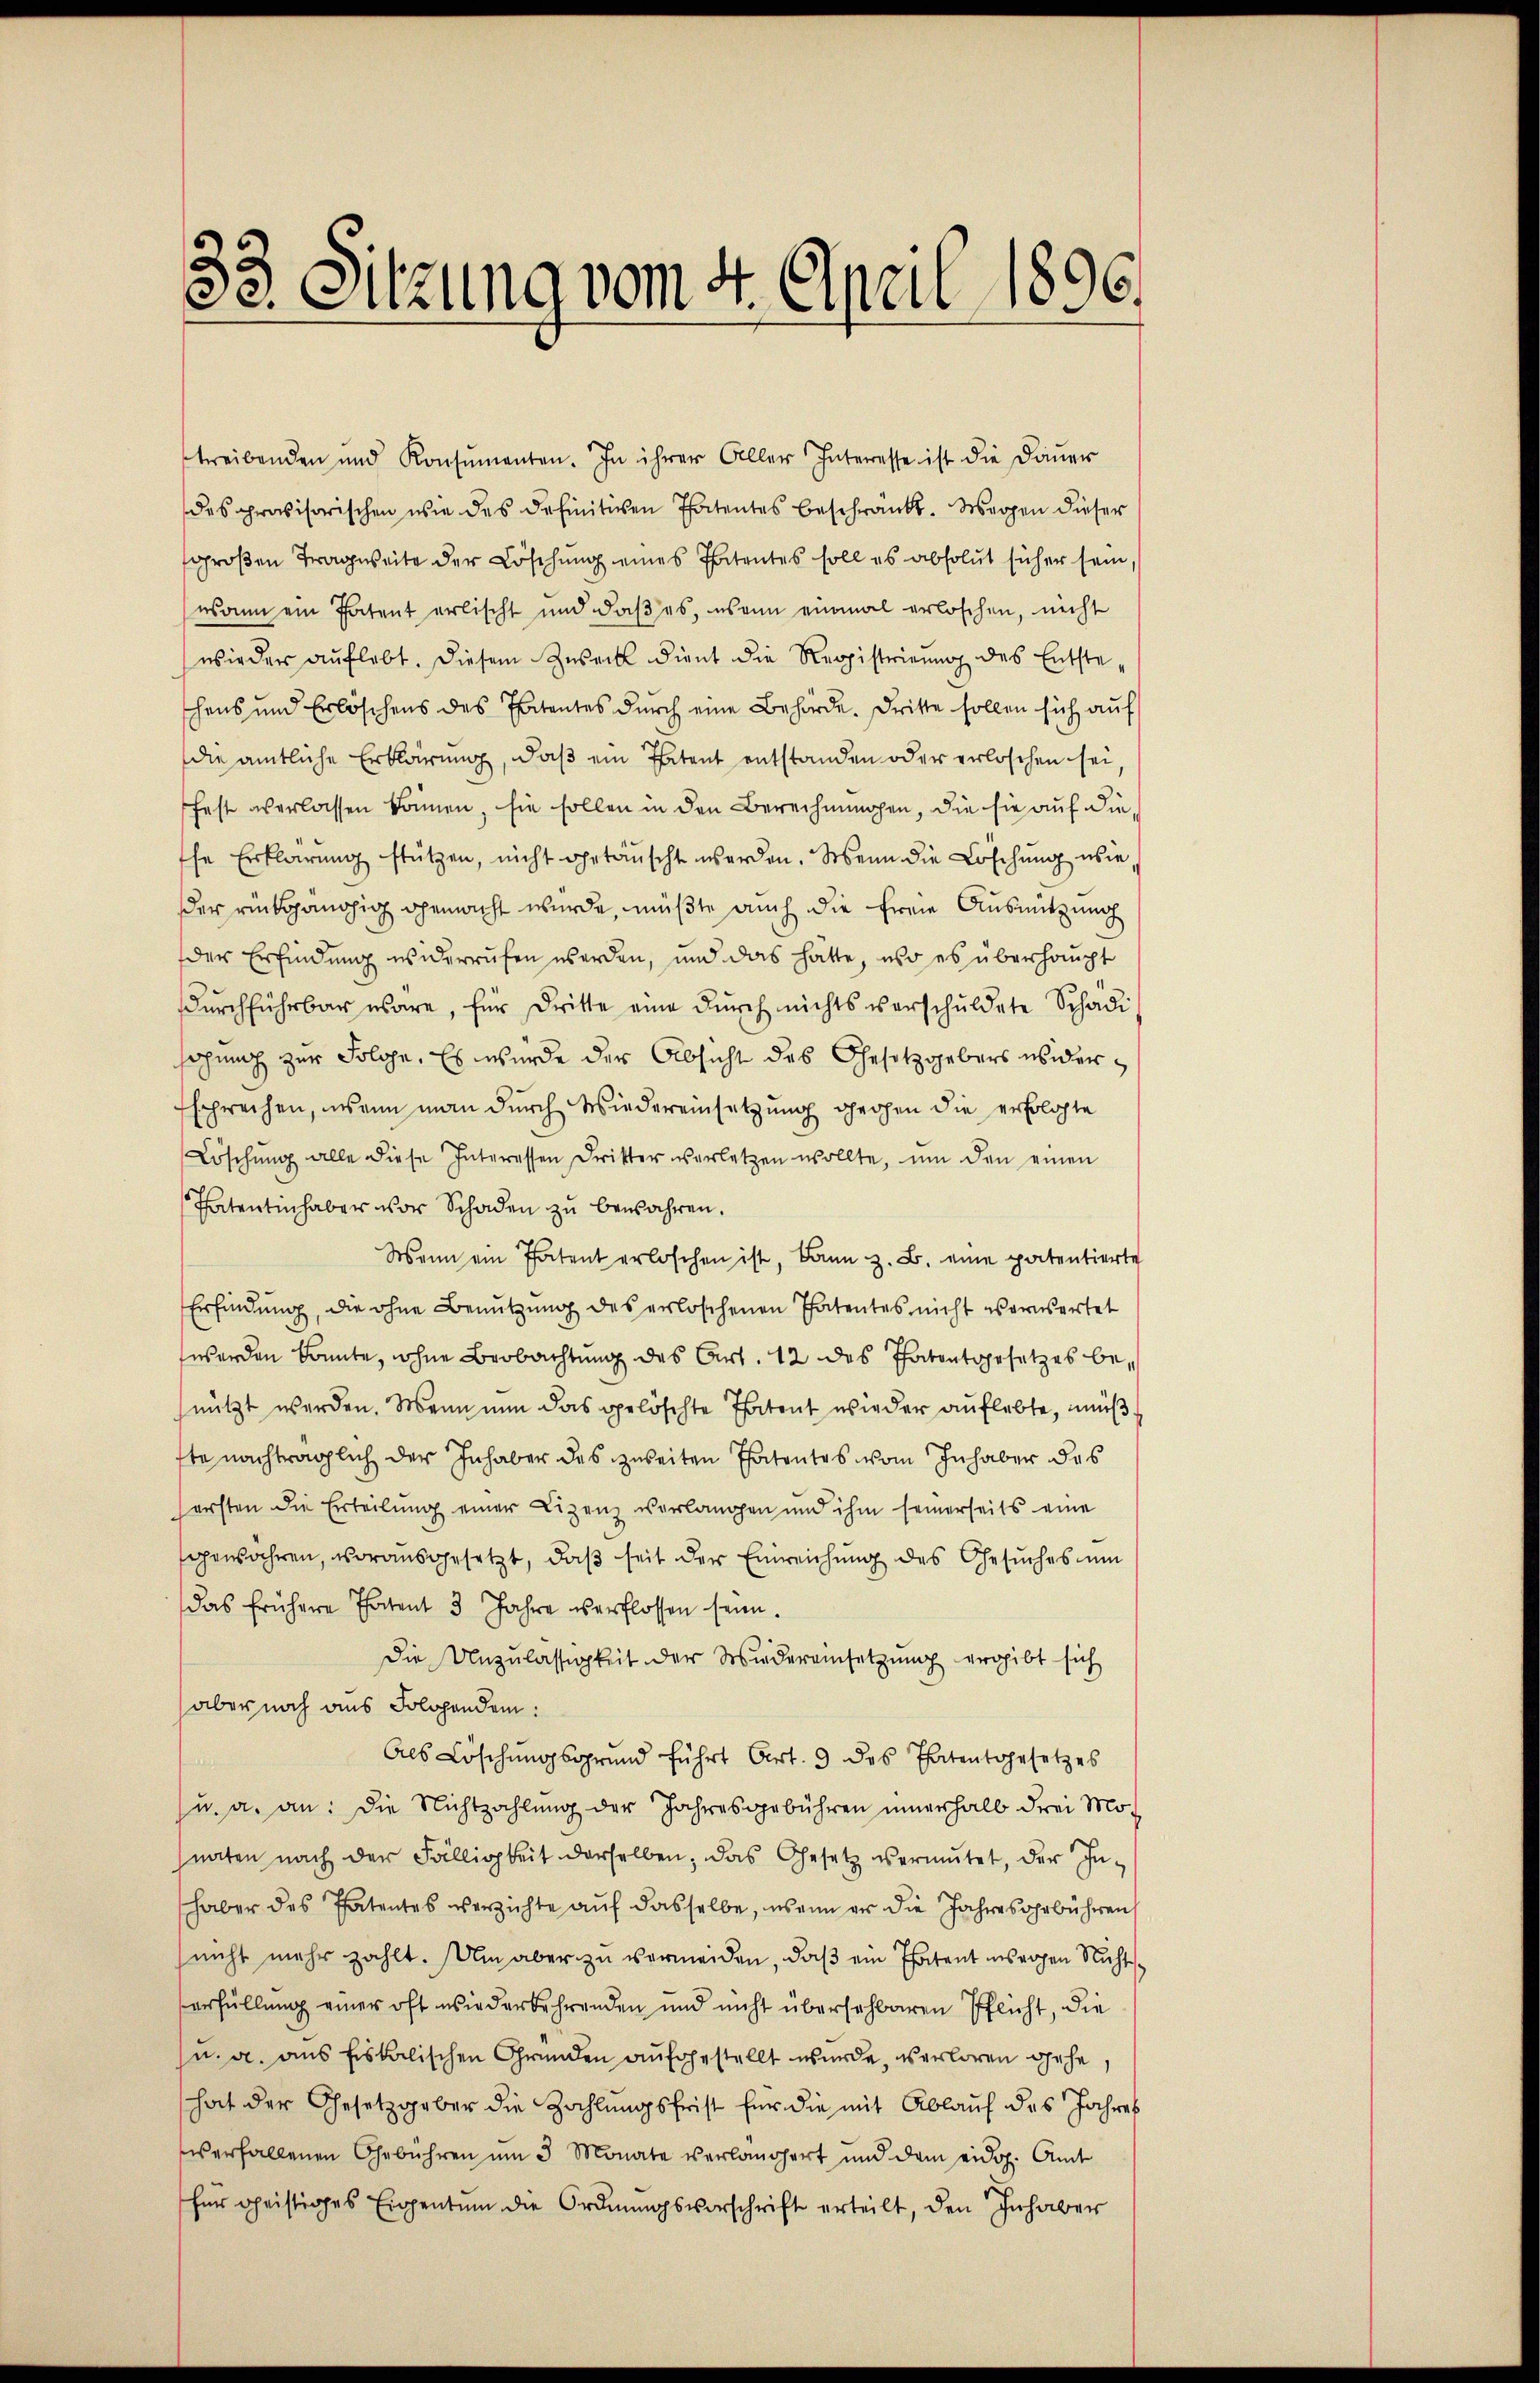
33. Sitzung vom 4. April 1896.

treibenden und Konsŭmanten. In ihrer Aller Interesse ist die Daŭer
des provisorischen wie des definitiven Patentes beschränkt. Wegen dieser
großen Tragweite der Löschung eines Patentes soll es absolut sicher sein,
wann ein Patent erlischt und daß es, wenn einmal erloschen, nicht
wieder auflebt. Diesem Zweck dient die Reppistrieŭng des Entste-
schens und Erlöschens des Ehetentes durch eine Behörde. Dritte sollen sich auf
die amtliche Erklärung, daß ein Patent entstanden oder erloschen sei
fest verlassen können, sie sollen in den Berechnungen, die sie auf die
the Erklärung stützen, nicht getäuscht werden. Wenn die Löschung wie
der rückgängig gemacht wurde, müßte auch die freie Ausmitzung
der Erfindung widerrufen werden, und das hätte, wo es überhaupt
durchführbar wäre, für dritte eine durch nichts verschuldete Schädi
sagung zur Folge. Es wurde der Absicht des Gesetzgebers wider¬
Esprechen, wenn man durch Wiedereinsetzung geohen die erfolgte
Löschŭng alle diese Interessen Dritter verletzen wollte, ŭm den einen
Thatentinhaber vor Schaden zŭ bewahren.
Wenn ein Patent erloschen ist, dann z. B. eine patentierte
Erfindung, die ohne Benutzung des erloschenen Patentes nicht warnsartet
werden konnte, ohne Beobachtung des Art. 12 des Thatentgesetzes benützt werden. Wenn nun das gelöschte Thatent wieder auflebte, muß
fte nachträglich der Inhaber des zweiten Patentes vom Inhaber das
ersten die Erteilŭng einer Lizenz verlangen und ihm seinerseits eine
gewähren, vorausgesetzt, daß seit der Einreichung des Gesuches um
das frühere Thatent 3 Jahre verflossen sein.
Die Unzulässigkeit der Wiedereinsetzung ergibt sich
aber noch aus Solohendem:
Als Löschungsgrund führt Art. 9 des Thatentgesetzes
u. a. an: die Nichtzahlung der Jahresgebühren innerhalb drei Mo-
naten nach der Fälligkeit derselben, das Gesetz vermutet, der Inhaber des Patentes verzichte aŭf dasselbe, wenn er die Jahresgebühren
(nicht mehr zahlt. Um aber zu vermeiden, daß ein Thatent unsrechen Nicht
Verfüllung einer oft wiederbehrenden und nicht übersehbaren Pflicht, die
u. a. aus fiskalischen Gründen aufgestellt wurde, verloren gehe,
hat der Gesetzgeber die Zahlungsfrist für die mit Ablauf des Jahres
verfallenen Gebühren um 3 Monate verlängert und dem eidg. Amt
für geistiges Eigentum die Ordnungsvorschrift erteilt, den Inhaber